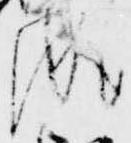
成